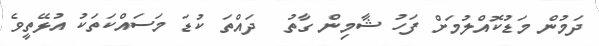
ދަމުން މަޑުކޮއްލުމަށް ފަހު ޝާމިން ގާތު  ދައްތަ ކުޑަ މަސައްކަތަކު އުޅޭތީވެ